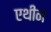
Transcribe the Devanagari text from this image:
एथीन